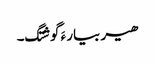
ھیر بیار ءَ گوشتگ۔